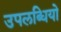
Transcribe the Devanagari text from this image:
उपलब्धियो